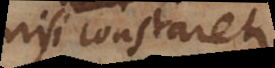
nisi constaret